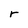
Character: r